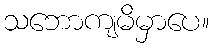
သဘောကျမိမှာပေ။